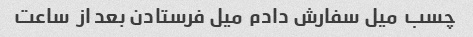
چسب  میل سفارش دادم  میل فرستادن بعد از  ساعت